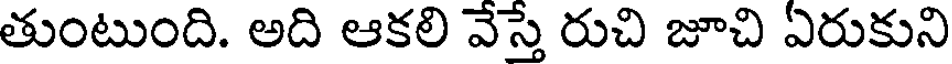
తుంటుంది. అది ఆకలి వేస్తే రుచి జూచి ఏరుకుని